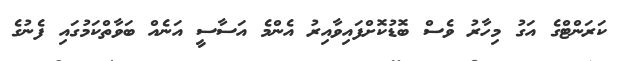
ކަރަންޓްގެ އަގު މިހާރު ވެސް ބޮޑުކޮށްފައިވާއިރު އެންމެ އަސާސީ އަނެއް ބަވާތްކަމުގައި ފެނުގެ